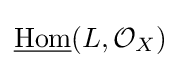
{\underline {\operatorname {Hom} }}(L,{\mathcal {O}}_{X})